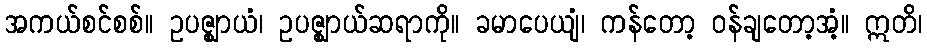
အကယ်စင်စစ်။ ဥပဇ္ဈာယံ၊ ဥပဇ္ဈာယ်ဆရာကို။ ခမာပေယျံ၊ ကန်တော့ ဝန်ချတော့အံ့။ ဣတိ၊